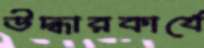
উদ্ধারকার্যে